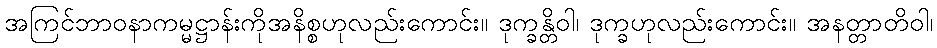
အကြင်ဘာဝနာကမ္မဋ္ဌာန်းကိုအနိစ္စဟုလည်းကောင်း။ ဒုက္ခန္တိဝါ၊ ဒုက္ခဟုလည်းကောင်း။ အနတ္တာတိဝါ၊